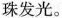
珠发光。